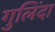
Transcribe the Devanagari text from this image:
गुलिंदा